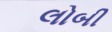
લોબી